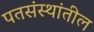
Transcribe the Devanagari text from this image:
पतसंस्थांतील